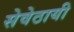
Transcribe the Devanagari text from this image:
सेवेठायी